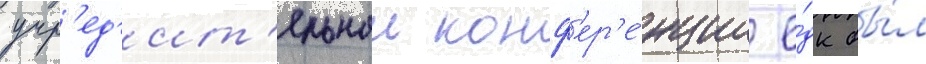
учр'ед'ит'ельнои конф'ер'е́нции е́дк бы́л